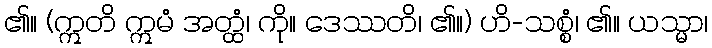
၏။ (ဣတိ ဣမံ အတ္ထံ၊ ကို။ ဒေဿတိ၊ ၏။) ဟိ-သစ္စံ၊ ၏။ ယသ္မာ၊